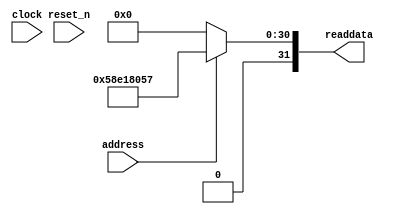
module niosII_system_sysid_qsys_0_2 (
                address,
                clock,
                reset_n,
                readdata
             )
;
  output  [ 31: 0] readdata;
  input            address;
  input            clock;
  input            reset_n;
  wire    [ 31: 0] readdata;
  assign readdata = address ? 1491173463 : 0;
endmodule